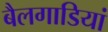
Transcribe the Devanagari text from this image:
बैलगाडियां